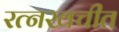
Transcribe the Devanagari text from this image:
रत्नखचीत